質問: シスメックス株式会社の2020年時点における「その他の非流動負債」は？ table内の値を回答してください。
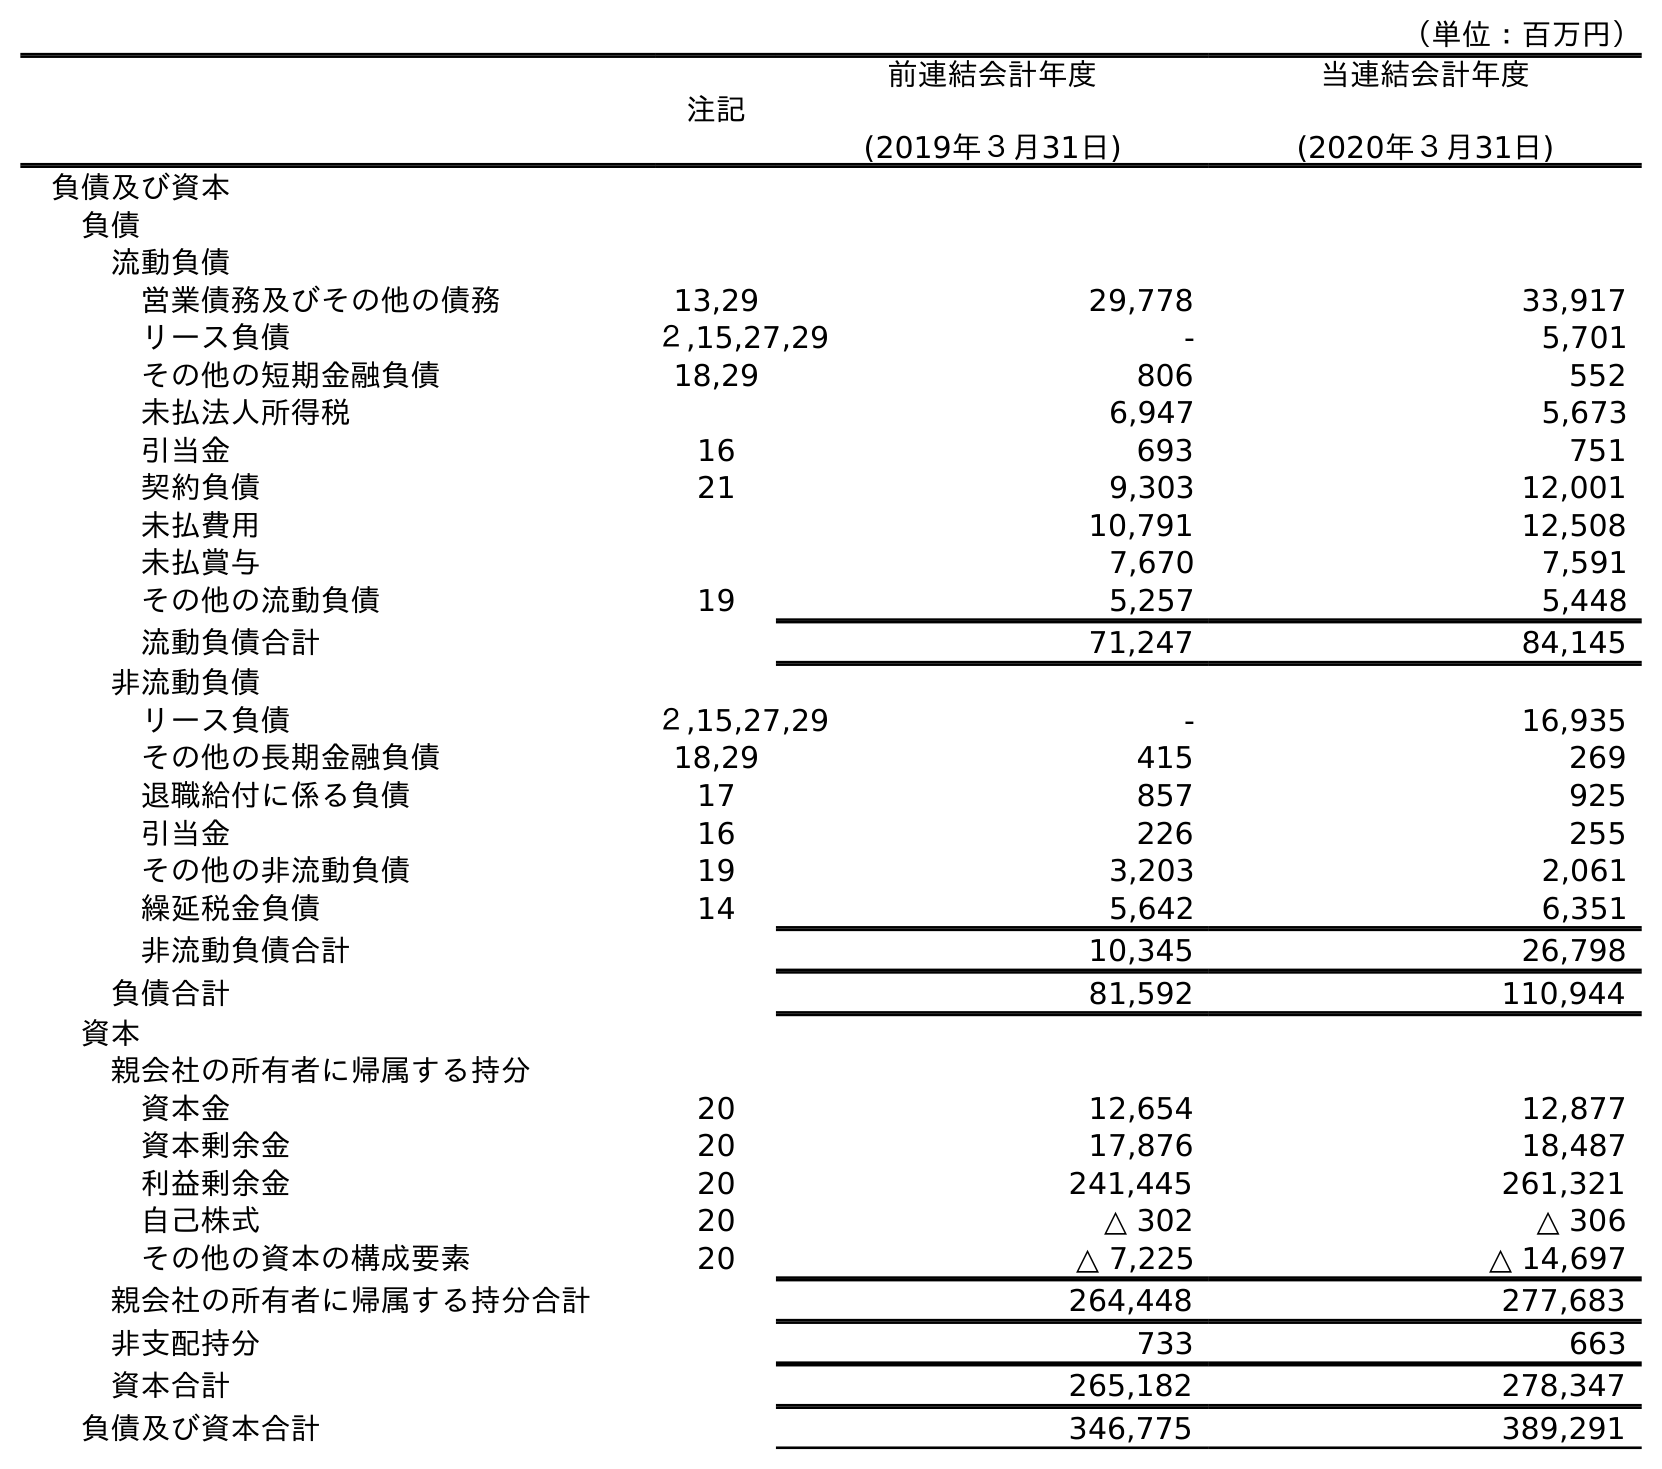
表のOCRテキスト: （単位：百万円） 注記 前連結会計年度 (2019年３月31日) 当連結会計年度 (2020年３月31日) 負債及び資本 負債 流動負債 営業債務及びその他の債務 13,29 29,778 33,917 リース負債 ２,15,27,29 - 5,701 その他の短期金融負債 18,29 806 552 未払法人所得税 6,947 5,673 引当金 16 693 751 契約負債 21 9,303 12,001 未払費用 10,791 12,508 未払賞与 7,670 7,591 その他の流動負債 19 5,257 5,448 流動負債合計 71,247 84,145 非流動負債 リース負債 ２,15,27,29 - 16,935 その他の長期金融負債 18,29 415 269 退職給付に係る負債 17 857 925 引当金 16 226 255 その他の非流動負債 19 3,203 2,061 繰延税金負債 14 5,642 6,351 非流動負債合計 10,345 26,798 負債合計 81,592 110,944 資本 親会社の所有者に帰属する持分 資本金 20 12,654 12,877 資本剰余金 20 17,876 18,487 利益剰余金 20 241,445 261,321 自己株式 20 △ 302 △ 306 その他の資本の構成要素 20 △ 7,225 △ 14,697 親会社の所有者に帰属する持分合計 264,448 277,683 非支配持分 733 663 資本合計 265,182 278,347 負債及び資本合計 346,775 389,291
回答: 2,061